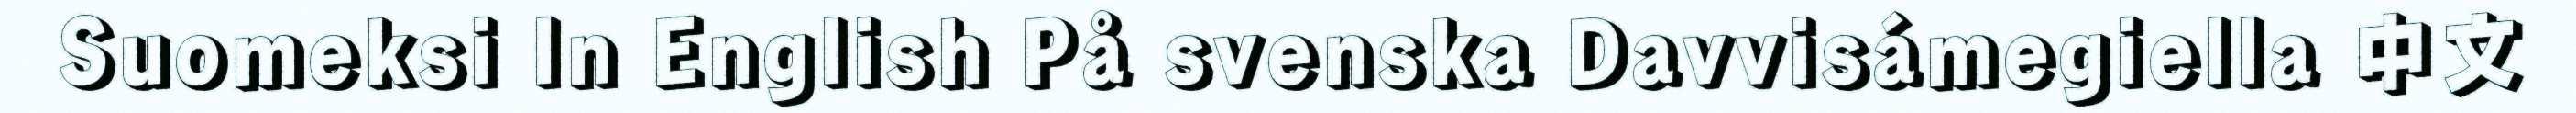
Suomeksi In English På svenska Davvisámegiella 中文